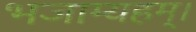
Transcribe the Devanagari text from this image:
भजाम्यहम्।